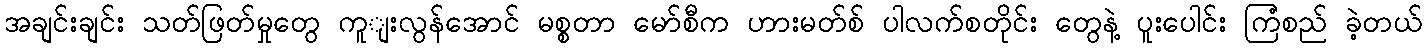
အချင်းချင်း သတ်ဖြတ်မှုတွေ ကူျးလွန်အောင် မစ္စတာ မော်စီက ဟားမတ်စ် ပါလက်စတိုင်း တွေနဲ့ ပူးပေါင်း ကြံစည် ခဲ့တယ်